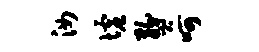
汝墟燹呵